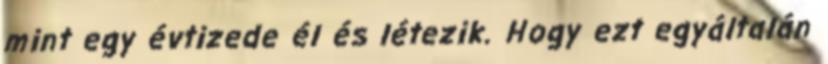
mint egy évtizede él és létezik. Hogy ezt egyáltalán